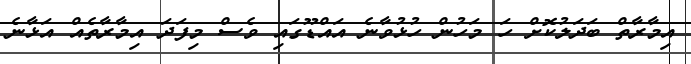
އިމާރާތް ބަދަލުކޮށް ހަ މަހުން ހުޅުވާނެ އައްޑޫގައި ވެސް މިފަދަ އިމާރާތެއް އަޅާނެ